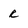
Character: r